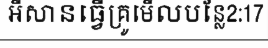
អីសានធ្វើគ្រូមើលបន្លែ2:17